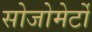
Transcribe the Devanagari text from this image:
सोजोमेर्टो